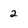
Character: 2